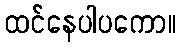
ထင်နေပါပကော။